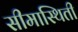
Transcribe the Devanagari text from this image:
सीमास्थिती